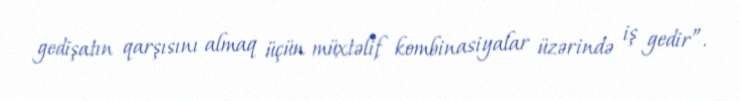
gedişatın qarşısını almaq üçün müxtəlif kombinasiyalar üzərində iş gedir”.